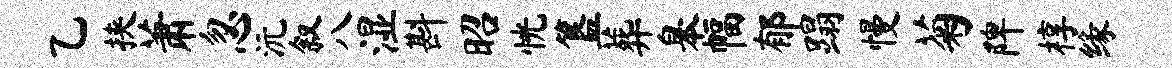
乙挟萧忽沅叙八湿斟昭恍簋葬皋幅郁蹋慢菊陴椁缘